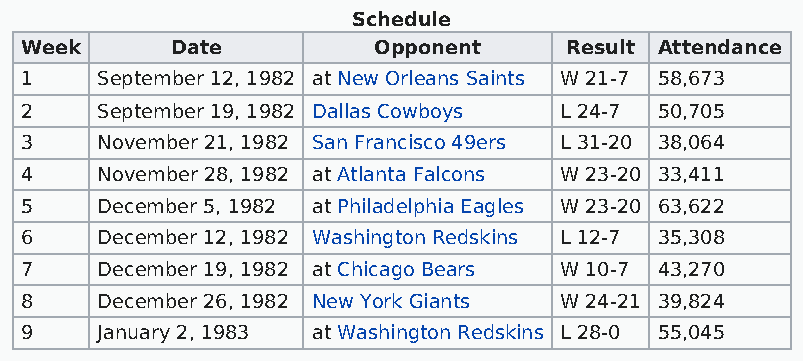
Schedule
 Week      Date          Opponent    Result Attendance
 1    September 12, 1982 at New Orleans Saints W 21-7 58,673
 2    September 19, 1982 Dallas Cowboys L 24-7 50,705
 3    November 21, 1982 San Francisco 49ers L 31-20 38,064
 4    November 28, 1982 at Atlanta Falcons W 23-20 33,411
 5    December 5, 1982 at Philadelphia Eagles W 23-20 63,622
 6    December 12, 1982 Washington Redskins L 12-7 35,308
 7    December 19, 1982 at Chicago Bears W 10-7 43,270
 8    December 26, 1982 New York Giants W 24-21 39,824
 9    January 2, 1983 at Washington Redskins L 28-0 55,045